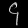
Digit: ၄